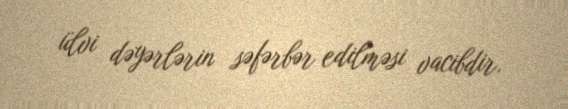
ülvi dəyərlərin səfərbər edilməsi vacibdir.